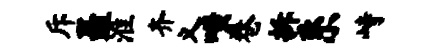
斥矗淮齐义嗤卷拆系峙